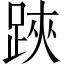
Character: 𨁂